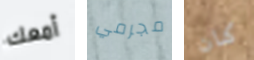
أمعك مجرمي كان